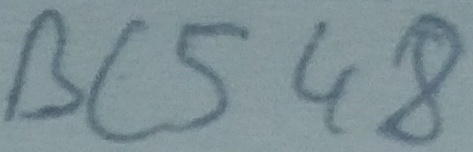
Text: BC548